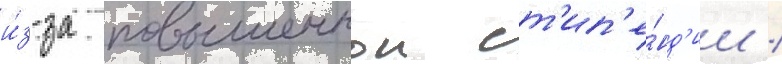
и́з-за повышеннои ст'ип'е́нд'ии /